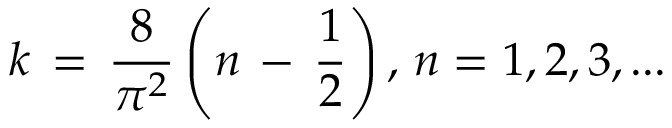
k \, = \, \frac { 8 } { \pi ^ { 2 } } \left( n \, - \, \frac { 1 } { 2 } \right) , \, n = 1 , 2 , 3 , . . .